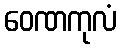
ဝေဏကုလံ